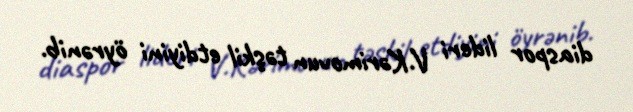
diaspor lideri V.Kərimovun təşkil etdiyini öyrənib.